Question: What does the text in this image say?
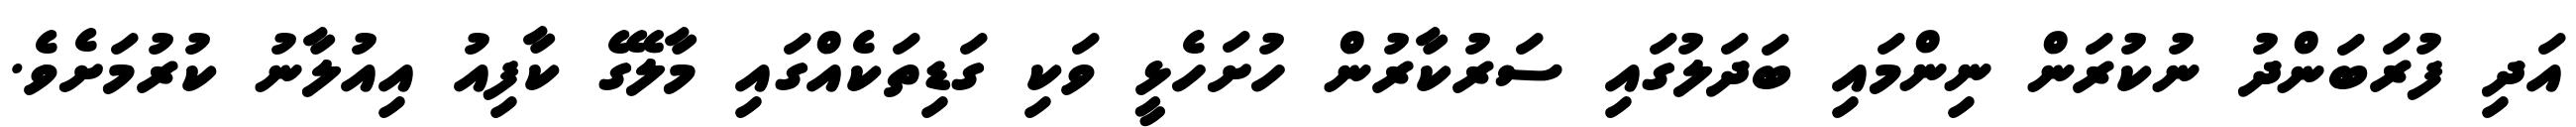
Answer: އަދި ފުރަބަންދު ނުކުރަން ނިންމައި ބަދަލުގައި ސަރުކާރުން ހުށަހެޅީ ވަކި ގަޑިތަކެއްގައި މާލޭގެ ކާފިއު އިއުލާނު ކުރުމަށެވެ.